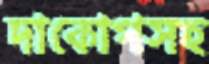
দাকোপসহ